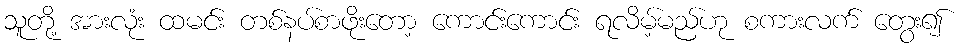
သူတို့ အားလုံး ထမင်း တစ်နပ်စာဖိုးတော့ ကောင်းကောင်း ရလိမ့်မည်ဟု စကားလက် တွေး၍